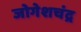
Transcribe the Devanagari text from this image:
जोगेशचंद्र